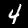
Digit: 4